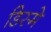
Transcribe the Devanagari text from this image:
डिस्मे